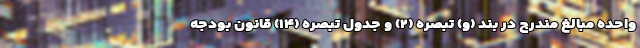
واحده مبالغ مندرج در بند (و) تبصره (۲) و جدول تبصره (۱۴) قانون بودجه